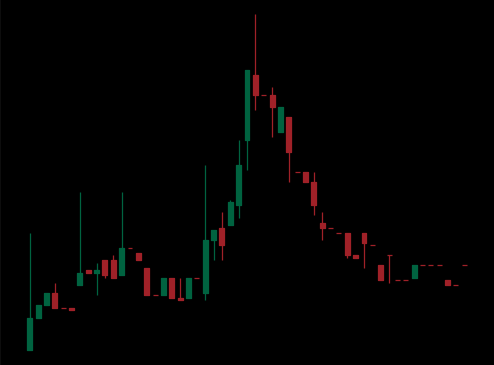
Pattern: head_shoulders